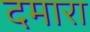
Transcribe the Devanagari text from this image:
दमारा